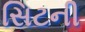
સિટની